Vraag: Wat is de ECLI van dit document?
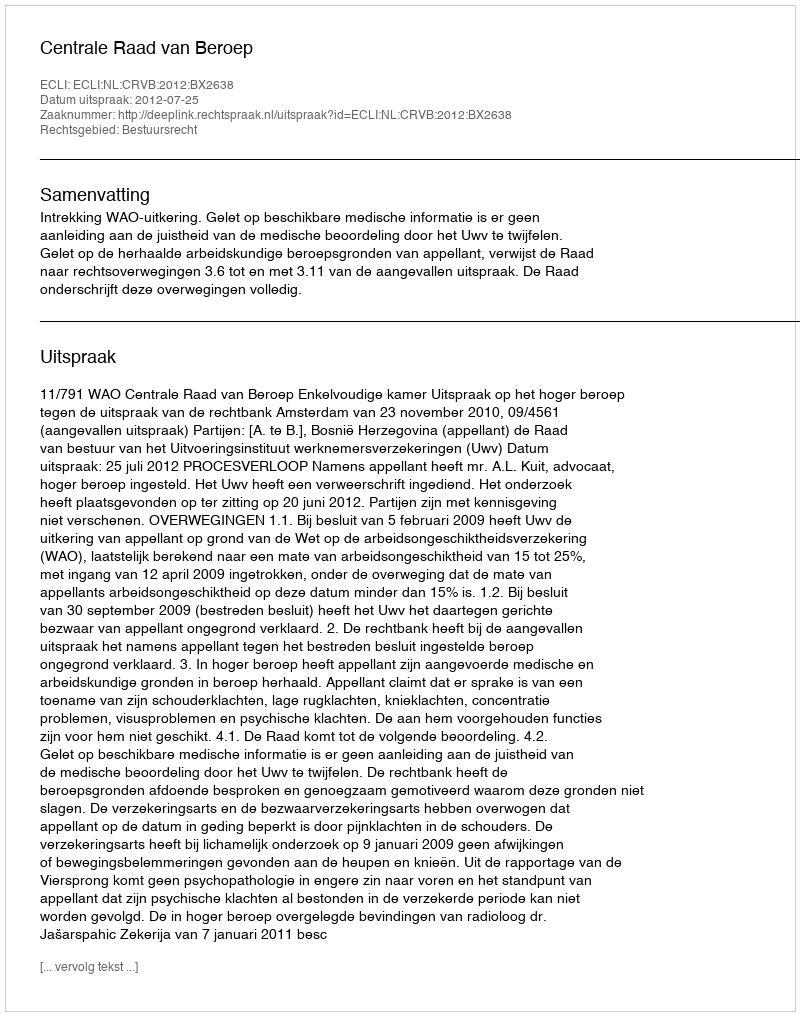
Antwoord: ECLI:NL:CRVB:2012:BX2638